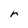
Character: r